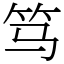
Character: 笃